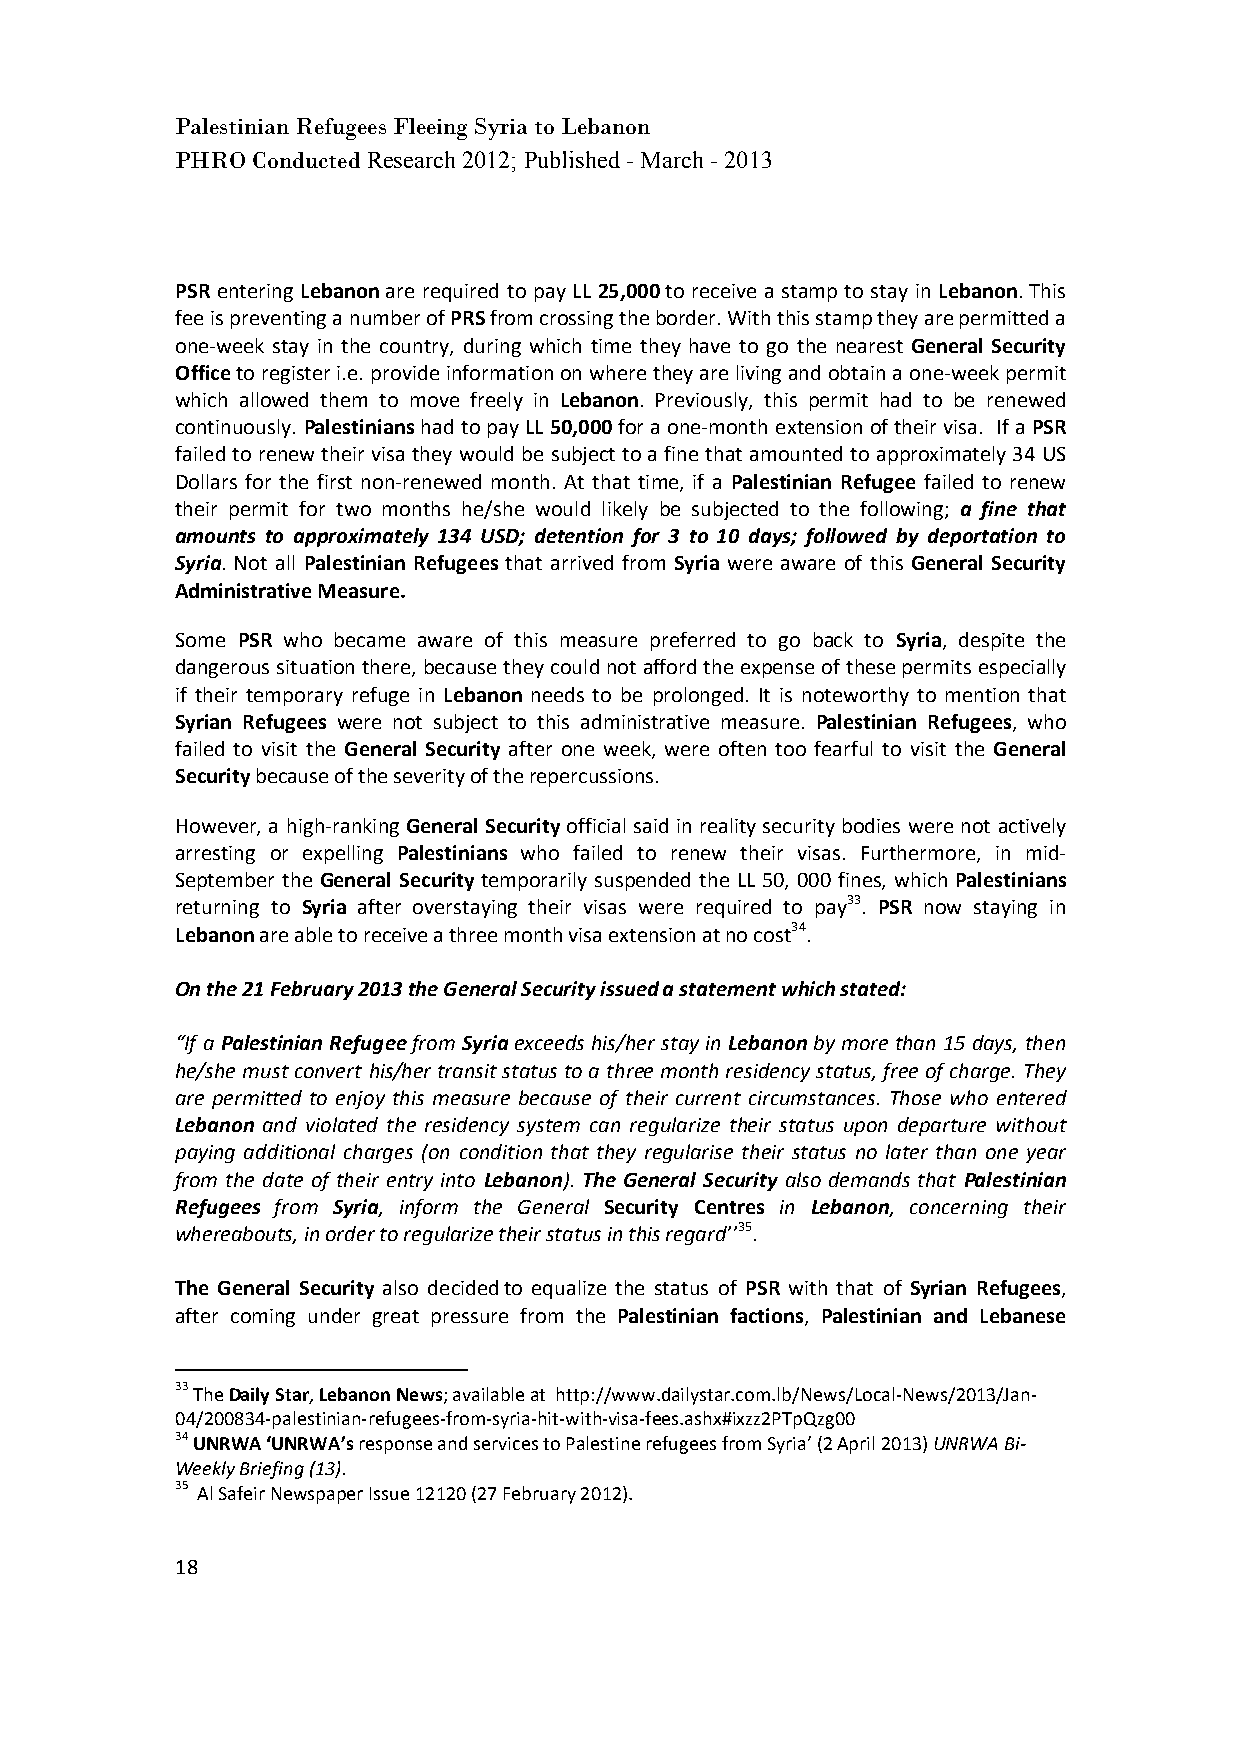
Palestinian Refugees Fleeing Syria to Lebanon
 PHRO Conducted Research 2012; Published - March - 2013
 PSR entering Lebanon are required to pay LL 25,000 to receive a stamp to stay in Lebanon. This
 fee is preventing a number of PRS from crossing the border. With this stamp they are permitted a
 one-week stay in the country, during which time they have to go the nearest General Security
 Office to register i.e. provide information on where they are living and obtain a one-week permit
 which allowed them to move freely in Lebanon. Previously, this permit had to be renewed
 continuously. Palestinians had to pay LL 50,000 for a one-month extension of their visa. If a PSR
 failed to renew their visa they would be subject to a fine that amounted to approximately 34 US
 Dollars for the first non-renewed month. At that time, if a Palestinian Refugee failed to renew
 their permit for two months he/she would likely be subjected to the following; a fine that
 amounts to approximately 134 USD; detention for 3 to 10 days; followed by deportation to
 Syria. Not all Palestinian Refugees that arrived from Syria were aware of this General Security
 Administrative Measure.
 Some PSR who became aware of this measure preferred to go back to Syria, despite the
 dangerous situation there, because they could not afford the expense of these permits especially
 if their temporary refuge in Lebanon needs to be prolonged. It is noteworthy to mention that
 Syrian Refugees were not subject to this administrative measure. Palestinian Refugees, who
 failed to visit the General Security after one week, were often too fearful to visit the General
 Security because of the severity of the repercussions.
 However, a high-ranking General Security official said in reality security bodies were not actively
 arresting or expelling Palestinians who failed to renew their visas. Furthermore, in mid-
 September the General Security temporarily suspended the LL 50, 000 fines, which Palestinians
 returning to Syria after overstaying their visas were required to pay33. PSR now staying in
 Lebanon are able to receive a three month visa extension at no cost34.
 On the 21 February 2013 the General Security issued a statement which stated:
 “If a Palestinian Refugee from Syria exceeds his/her stay in Lebanon by more than 15 days, then
 he/she must convert his/her transit status to a three month residency status, free of charge. They
 are permitted to enjoy this measure because of their current circumstances. Those who entered
 Lebanon and violated the residency system can regularize their status upon departure without
 paying additional charges (on condition that they regularise their status no later than one year
 from the date of their entry into Lebanon). The General Security also demands that Palestinian
 Refugees from Syria, inform the General Security Centres in Lebanon, concerning their
 whereabouts, in order to regularize their status in this regard’’35.
 The General Security also decided to equalize the status of PSR with that of Syrian Refugees,
 after coming under great pressure from the Palestinian factions, Palestinian and Lebanese
 33 The Daily Star, Lebanon News; available at http://www.dailystar.com.lb/News/Local-News/2013/Jan-
 04/200834-palestinian-refugees-from-syria-hit-with-visa-fees.ashx#ixzz2PTpQzg00
 34 UNRWA ‘UNRWA’s response and services to Palestine refugees from Syria’ (2 April 2013) UNRWA Bi-
 Weekly Briefing (13).
 35 Al Safeir Newspaper Issue 12120 (27 February 2012).
 18